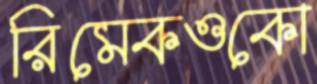
রিমেকওকো